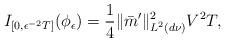
LaTeX: \begin{align*}I_{[0,\epsilon^{-2}T]}(\phi_{\epsilon})=\frac{1}{4}\|\bar{m}'\|^2_{L^2(d\nu)}V^2 T,\end{align*}